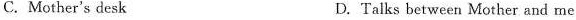
C. Mother's desk D. Talks between Mother and me